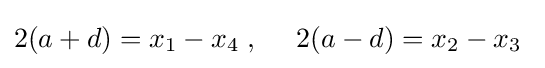
2(a+d)=x_{1}-x_{4}\;,\quad \ 2(a-d)=x_{2}-x_{3}\